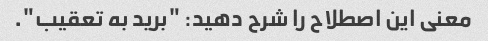
معنی این اصطلاح را شرح دهید: "برید به تعقیب".